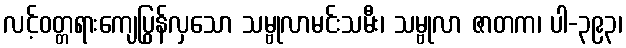
လင့်ဝတ္တရားကျေပြွန်လှသော သမ္ဗုလာမင်းသမီး၊ သမ္ဗုလာ ဇာတက၊ ပါ-၃၉၃၊